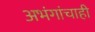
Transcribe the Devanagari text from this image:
अभंगांचाही